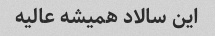
این سالاد همیشه عالیه